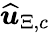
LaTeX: \boldsymbol{\widehat{u}}_{\Xi,c}